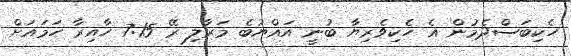
ހެކިބަސްދެމުން އެ ހެކިވެރިޔާ ބުނީ އައްޔުބެ މަރާލި ރޭ 7:15 ހާއިރާ ހަމައަށް